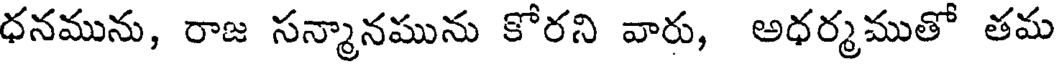
ధనమును, రాజ సన్మానమును కోరని వారు, అధర్మముతో తమ